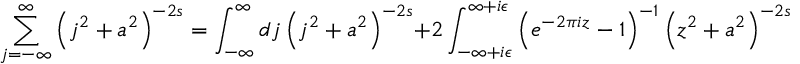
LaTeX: \sum _ { j = - \infty } ^ { \infty } \left( j ^ { 2 } + a ^ { 2 } \right) ^ { - 2 s } = \int _ { - \infty } ^ { \infty } d j \left( j ^ { 2 } + a ^ { 2 } \right) ^ { - 2 s } + 2 \int _ { - \infty + i \epsilon } ^ { \infty + i \epsilon } \left( e ^ { - 2 \pi i z } - 1 \right) ^ { - 1 } \left( z ^ { 2 } + a ^ { 2 } \right) ^ { - 2 s } d z